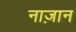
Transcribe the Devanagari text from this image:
नाज़ान